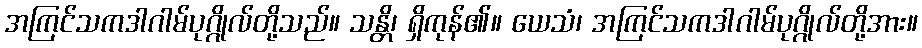
အကြင်သကဒါဂါမ်ပုဂ္ဂိုလ်တို့သည်။ သန္တိ၊ ရှိကုန်၏။ ယေသံ၊ အကြင်သကဒါဂါမ်ပုဂ္ဂိုလ်တို့အား။